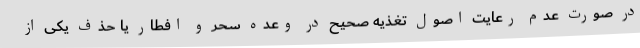
در صورت عدم رعایت اصول تغذیه صحیح در وعده سحر و افطار یا حذف یکی از